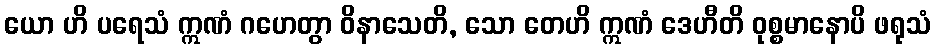
ယော ဟိ ပရေသံ ဣဏံ ဂဟေတွာ ဝိနာသေတိ, သော တေဟိ ဣဏံ ဒေဟီတိ ဝုစ္စမာနောပိ ဖရုသံ